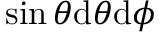
\sin \theta \mathrm { d } \theta \mathrm { d } \phi